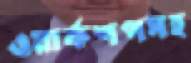
ওয়ার্কশপসহ